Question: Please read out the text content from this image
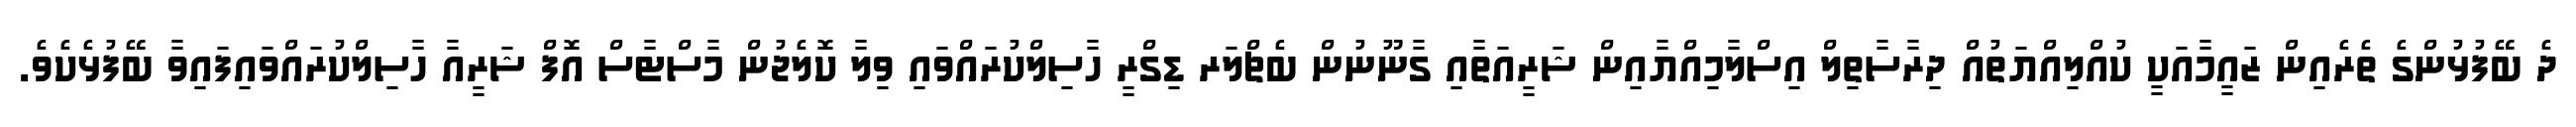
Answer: ދެ ބޭފުޅުންގެ ތެރެއިން ޒައީމާއަކީ ކުއްލިއްޔަތުއް ދިރާސާތިލް އިސްލާމިއްޔާއިން ޝަރީއަތާއި ގާނޫނުން ބެޗްލަރ ޑިގްރީ ހާސިލްކުރައްވައި ވިލާ ކޮލެޖުން މާސްޓާސް އޮފް ޝަރީއާ ހާސިލްކުރައްވައިފައިވާ ބޭފުޅެކެވެ.